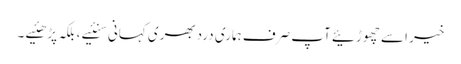
خیر اسے چھوڑئیے آپ صرف ہماری دردبھری کہانی سنئیے ، بلکہ پڑھئیے ۔